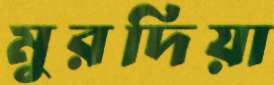
মুরদিয়া